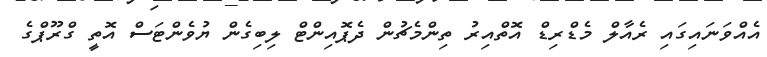
އެއްވަނައިގައި ރެއާލް މެޑްރިޑް އޮތްއިރު ތިންމެޗުން ދެޕޮއިންޓް ލިބިގެން ޔުވެންޓަސް އޮތީ ގްރޫޕްގެ